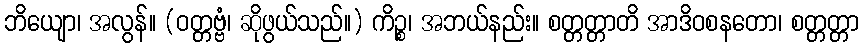
ဘိယျော၊ အလွန်။ (ဝတ္တဗ္ဗံ၊ ဆိုဖွယ်သည်။) ကိဉ္စ၊ အဘယ်နည်း။ စတ္တတ္တာတိ အာဒိဝစနတော၊ စတ္တတ္တာ